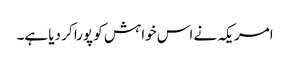
امریکہ نے اس خواہش کو پورا کر دیا ہے۔